Vaccine operations Central Provinces 1900-1911 - 1900-1911
Year: 1900
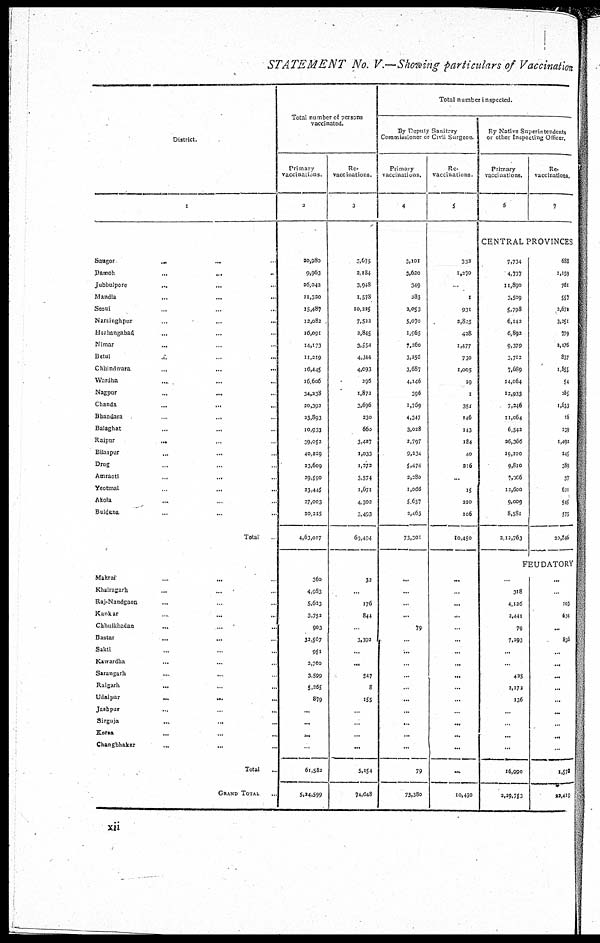
STATEMENT No. V.—Showing particulars of Vaccination
District.
1
Saugor
...
...
Damoh
...
...
...
Jubbulpore ... ...
Mandla ... ...
Seoni ... ...
Narsinghpur ... ...
Hoshangabad ... ...
Nimar ... ...
Betul
...
...
Chhindwara ... ...
Wardha ... ...
Nagpur ... ...
Chanda
...
...
Bhandara ... ...
Ba1aghat ... ...
Raipur
... ...
Bilaspur
... ...
Drug ... ...
Amraoti
...
...
Yeotmal ... ...
Akola ... ...
Buldana ... ...
Total
Makrai ... ...
Khairagarh ... ...
Raj-Nandgaon ... ...
Kankar
..
...
...
Chhuikhadan ... ...
Bastar
...
...
Sakti ... ...
Kawardha ... ...
Sarangarh ... ...
Raigarh
... ...
Udaipur
...
...
...
Jashpur ... ...
Sirguja ... ...
Korea
...
...
...
Changbhakar
...
...
Total ...
GRAND TOTAL ...
Total number of persons
vaccinated.
Primary
vaccinations
2
20,980
9,963
26,042
11,320
15,487
12,082
16,091
14,173
11,219
16,445
16,606
34,238
20,392
23,893
10,933
39,052
40,229
23,609
29,590
23,445
27,003
20,225
4,63,017
360
4,983
5,623
3,752
903
32,567
951
2,700
3,599
5,265
879
...
...
...
...
61,582
5,24,599
Re¬
vaccinations
3
3,675
2,184
3,948
1,578
10,225
7,522
2,845
3,554
4,344
4,093
296
1,872
3,696
230
660
3,427
1,033
1,272
3,574
1,671
4,302
3,493
69,494
32
...
176
844
...
3,392
...
...
547
8
155
...
...
...
...
5,154
74,648
Total number inspected.
By Deputy Sanitary
Commissioner or Civil Surgeon
Primary
vaccinations.
4
3,101
3,620
349
283
2,053
5,070
1,965
7,260
3,256
3,687
4,146
396
1,769
4,347
3,028
2,797
9,234
5,474
2,280
1,066
5,657
2,463
73,301
...
...
...
...
79
...
...
...
...
...
...
...
...
...
...
79
73,380
Re¬
vaccinations.
5
332
1,270
...
1
931
2,825
428
1,477
730
1,005
29
1
351
146
143
184
40
216
...
15
220
106
10,450
...
...
...
...
...
...
...
...
...
...
...
...
...
...
...
...
10,450
By Native Superintendents
or other Inspecting Officer.
Primary
vaccinations.
6
Re¬
vaccinations.
7
CENTRAL PROVINCES
7,734
4,737
11,890
3,509
5,798
6,142
6,892
9,379
3,712
7,689
14,064
12,933
7,246
11,064
6,542
26,366
19,100
9,810
7,066
12,600
9,009
8,581
2,12,763
688
1,159
761
557
2,672
3,251
779
2,176
837
1,855
54
285
1,633
16
239
1,492
245
389
37
621
545
575
20,846
FEUDATORY
..
318
4,126
2,441
79
7,293
...
...
425
2,172
136
...
...
...
...
16,990
2,29,753
...
...
103
634
...
806
..
...
...
...
...
...
...
...
...
1,573
22,419
xii